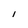
Character: 1